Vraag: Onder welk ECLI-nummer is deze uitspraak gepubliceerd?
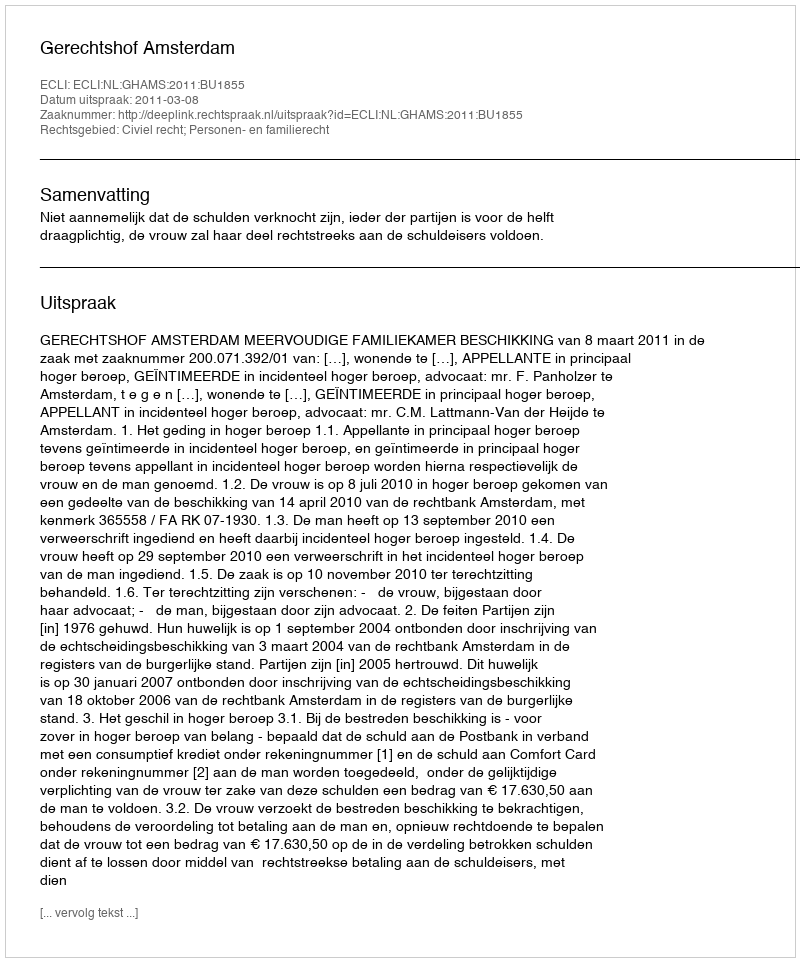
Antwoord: ECLI:NL:GHAMS:2011:BU1855